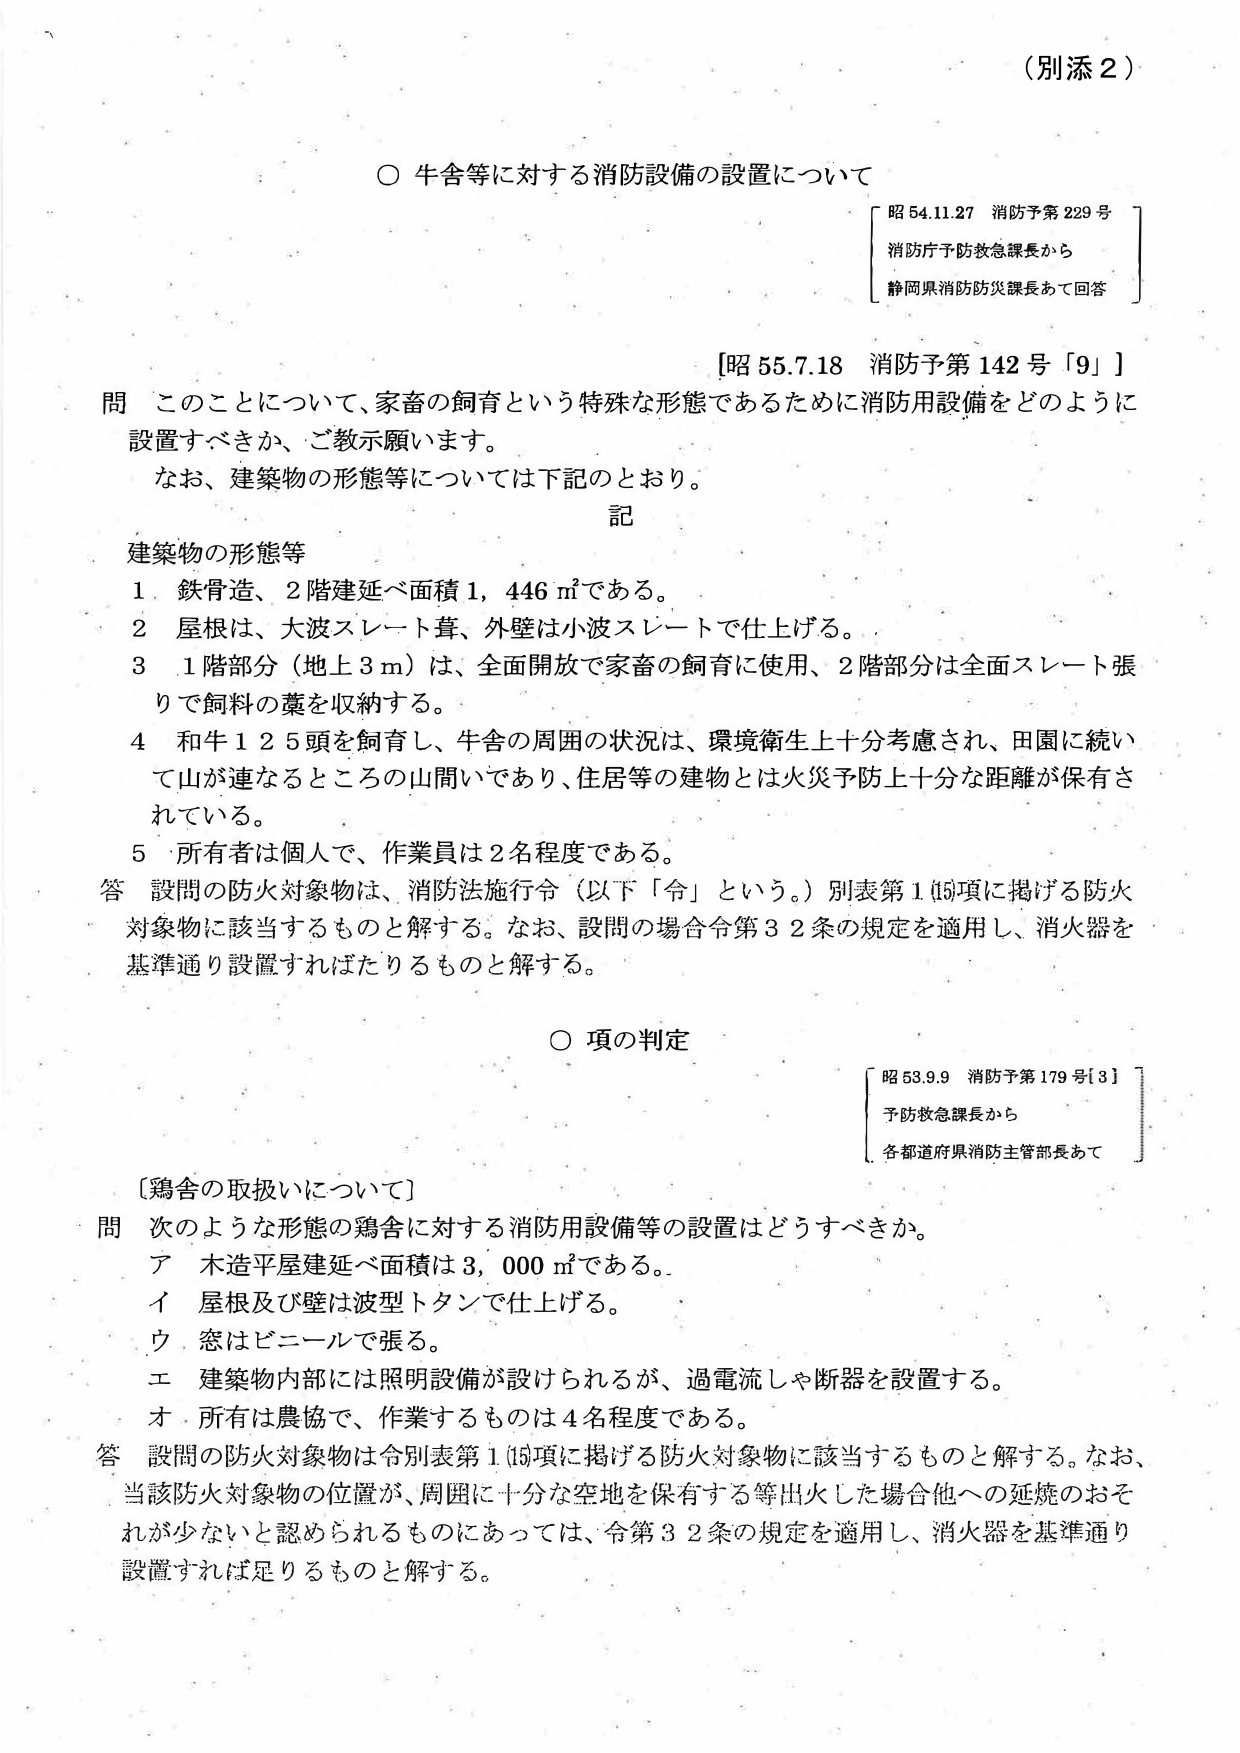
（別添２）

○ 牛舎等に対する消防設備の設置について

[昭 54.11.27 消防予第 229 号]
消防庁予防救急課長から
静岡県消防防災課長あて回答

[昭 55.7.18 消防予第 142 号「9」]

問 このことについて、家畜の飼育という特殊な形態であるために消防用設備をどのように
設置すべきか、ご教示願います。
　なお、建築物の形態等については下記のとおり。

記

建築物の形態等
１ 鉄骨造、２階建延べ面積１，４４６㎡である。
２ 屋根は、大波スレート葺、外壁は小波スレートで仕上げる。
３ １階部分（地上３ｍ）は、全面開放で家畜の飼育に使用、２階部分は全面スレート張
　りで飼料の藁を収納する。
４ 和牛１２５頭を飼育し、牛舎の周囲の状況は、環境衛生上十分考慮され、田園に続い
　て山が連なるところの山間いであり、住居等の建物とは火災予防上十分な距離が保有さ
　れている。
５ 所有者は個人で、作業員は２名程度である。

答 設問の防火対象物は、消防法施行令（以下「令」という。）別表第１⑮項に掲げる防火
　対象物に該当するものと解する。なお、設問の場合令第３２条の規定を適用し、消火器を
　基準通り設置すればたりるものと解する。

○ 項の判定

[昭 58.9.9 消防予第 179 号[3]]
予防救急課長から
各都道府県消防主管部長あて

[鶏舎の取扱いについて]

問 次のような形態の鶏舎に対する消防用設備等の設置はどうすべきか。
　ア 木造平屋建延べ面積は３，０００㎡である。
　イ 屋根及び壁は波型トタンで仕上げる。
　ウ 窓はビニールで張る。
　エ 建築物内部には照明設備が設けられるが、過電流しゃ断器を設置する。
　オ 所有は農協で、作業するものは４名程度である。

答 設問の防火対象物は令別表第１⑮項に掲げる防火対象物に該当するものと解する。なお、
　当該防火対象物の位置が、周囲に十分な空地を保有する等出火した場合他への延焼のおそ
　れが少ないと認められるものにあっては、令第３２条の規定を適用し、消火器を基準通り
　設置すれば足りるものと解する。